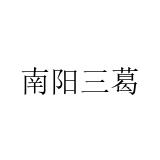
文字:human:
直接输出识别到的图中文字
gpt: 南阳三葛